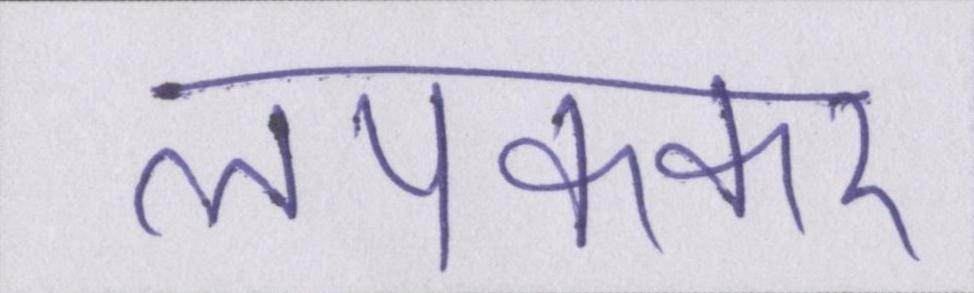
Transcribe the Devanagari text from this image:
लपककर